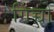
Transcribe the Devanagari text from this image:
गिच्चो